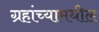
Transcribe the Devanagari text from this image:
ग्रहांच्यामधील